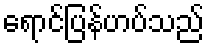
ရောင်ပြန်ဟပ်သည်